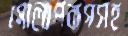
গোলাপবাগসহ